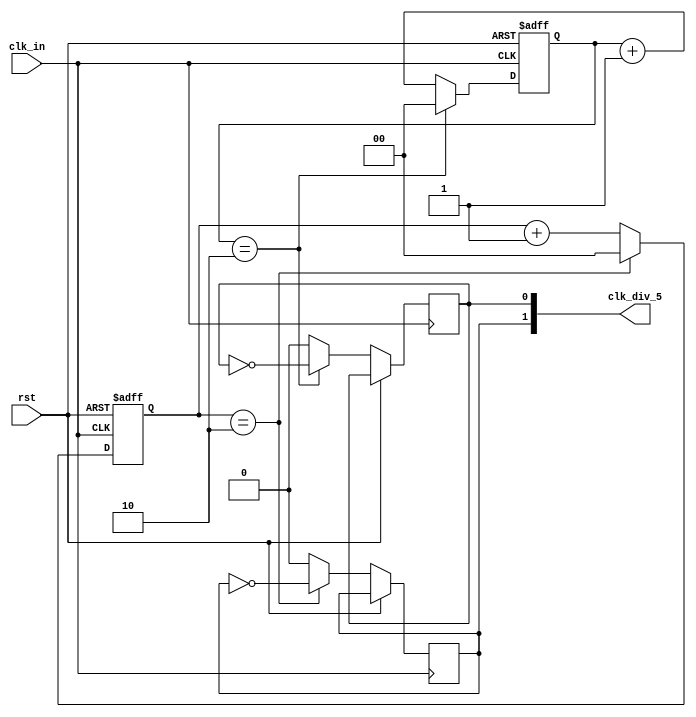
`timescale 1ns / 1ps
//////////////////////////////////////////////////////////////////////////////////
// Company: 
// 
// Design Name: 
// Module Name:    clock_div_five 
// Project Name: 
// Target Devices: 
// Tool versions: 
// Description: 
//
// Dependencies: 
//
// Revision: 
// Revision 0.01 - File Created
// Additional Comments: 
//
//////////////////////////////////////////////////////////////////////////////////
 module clock_div_five (
		clk_in, 
		rst, 
		clk_div_5
	);

	input clk_in, rst;
	output reg [1:0] clk_div_5 = {1'b0, 1'b0};
	
	reg [1:0] a = 2'b00;
	reg [1:0] b = 2'b00;
	
	always@(posedge clk_in, posedge rst)
	begin
		if (rst)
			a <= 2'b00;
		else if (a == 2'b10)
		begin
			a <= 2'b00;
			clk_div_5[0] <= ~clk_div_5[0];
		end
		else
		begin
			a <= a + 1'b1;
			clk_div_5[0] <= 1'b0;
		end
	end
	
	always@(negedge clk_in, posedge rst)
	begin
		if (rst)
			b <= 2'b00;
		else if (b == 2'b10)
		begin
			b <= 2'b00;
			clk_div_5[1] <= ~clk_div_5[1];
		end
		else
		begin
			b <= b + 1'b1;
			clk_div_5[1] <= 1'b0;
		end
	end

endmodule